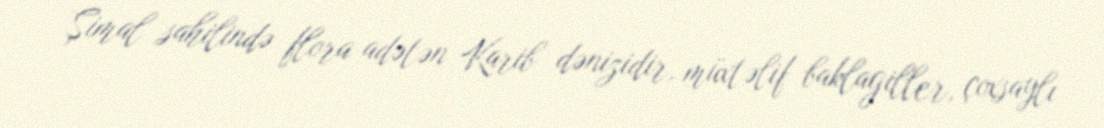
Şimal sahilində flora adətən Karib dənizidir, müxtəlif baklagiller, çoxsaylı